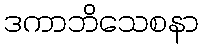
ဒကာဘိသေစနာ